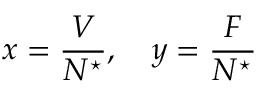
x = \frac { V } { N ^ { \star } } , \quad y = \frac { F } { N ^ { \star } }